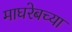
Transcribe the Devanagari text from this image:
माघरेबच्या